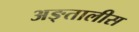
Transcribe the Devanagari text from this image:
अङ्तालीस